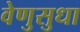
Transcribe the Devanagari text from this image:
वेणुसुधा